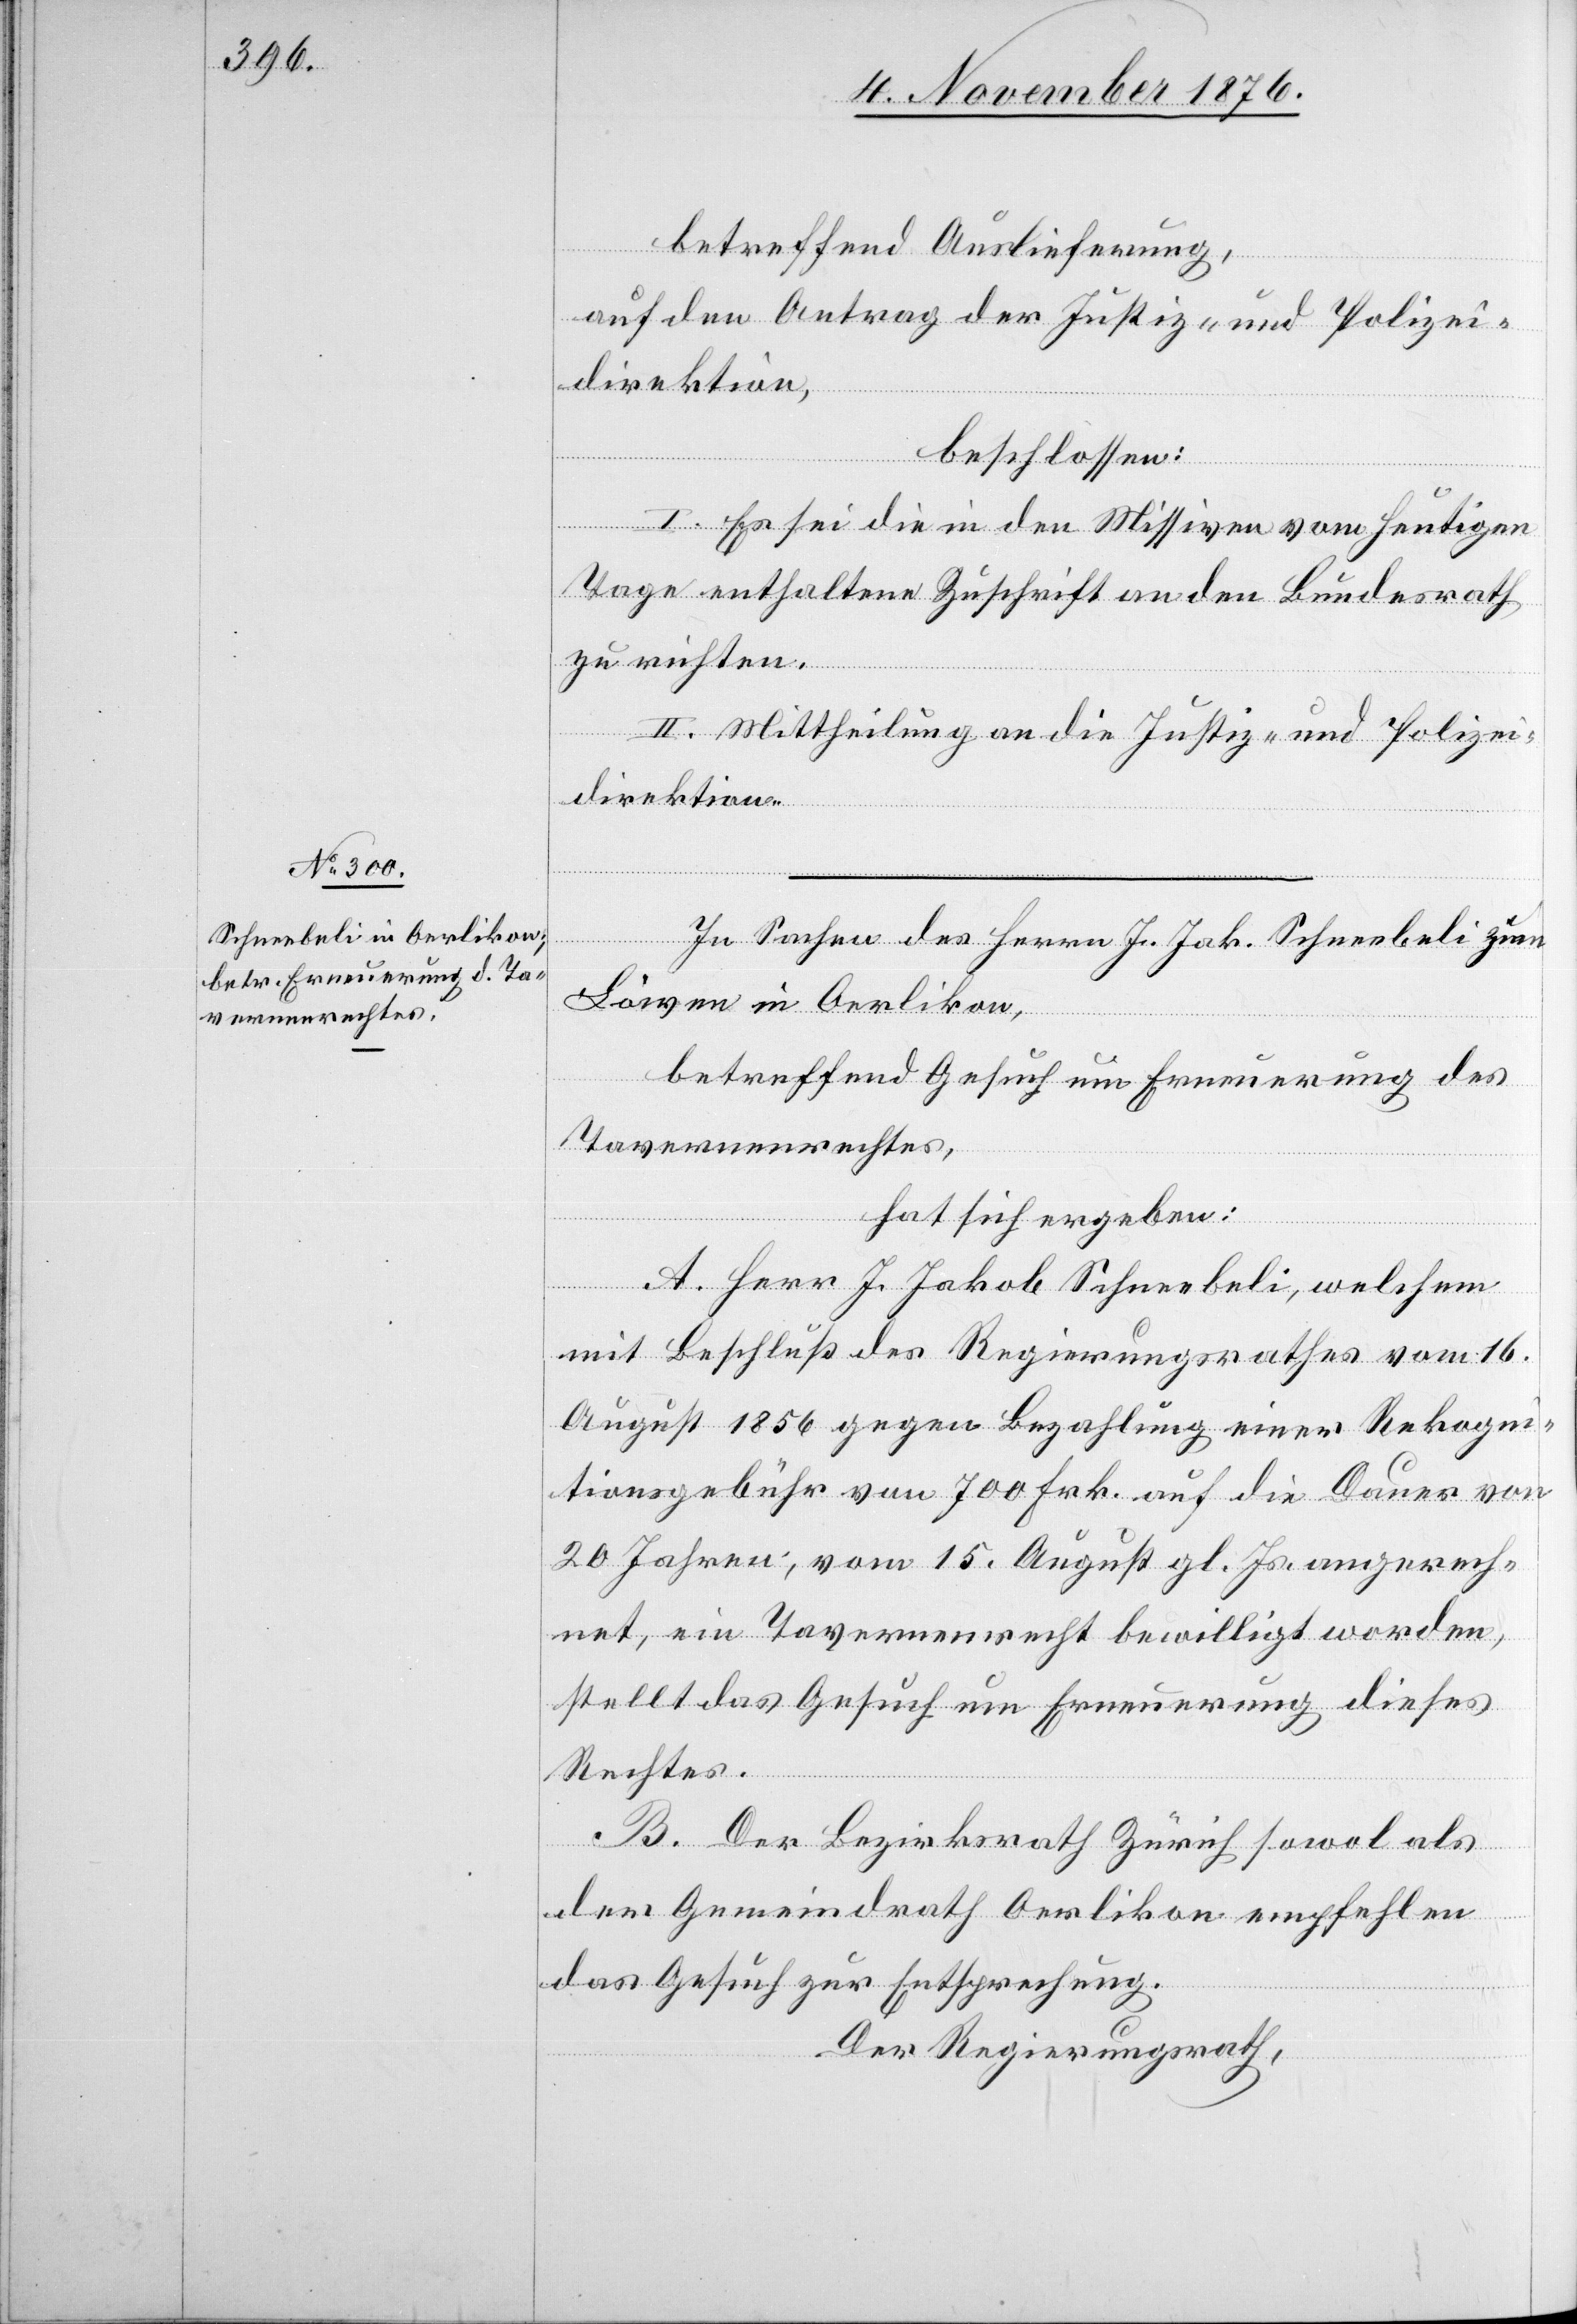
betreffend Auslieferung,
auf den Antrag der Justiz- und Polizei¬
direktion,
beschlossen:
I. Es sei die in den Missiven vom heutigen
Tage enthaltene Zuschrift an den Bundesrath
zu richten.
II. Mittheilung an die Justiz- und Polizei¬
direktion.
In Sachen des Herrn J. Jak. Schneebeli zum
Löwen in Oerlikon,
betreffend Gesuch um Erneuerung des
Tavernenrechtes,
hat sich ergeben:
A. Herr J. Jakob Schneebeli, welchem
mit Beschluß des Regierungsrathes vom 16.
August 1856 gegen Bezahlung einer Rekogni¬
tionsgebühr von 700 Frk. auf die Dauer von
20 Jahren, vom 15. August gl. Js. an gerech¬
net, ein Tavernenrecht bewilligt worden,
stellt das Gesuch um Erneuerung dieses
Rechtes.
B. Der Bezirksrath Zürich sowol als
der Gemeindrath Oerlikon empfehlen
das Gesuch zur Entsprechung.
Der Regierungsrath,